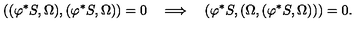
( ( \varphi ^ { * } S , { \Omega } ) , ( \varphi ^ { * } S , { \Omega } ) ) = 0 \quad \Longrightarrow \quad ( \varphi ^ { * } S , ( { \Omega } , ( \varphi ^ { * } S , { \Omega } ) ) ) = 0 .